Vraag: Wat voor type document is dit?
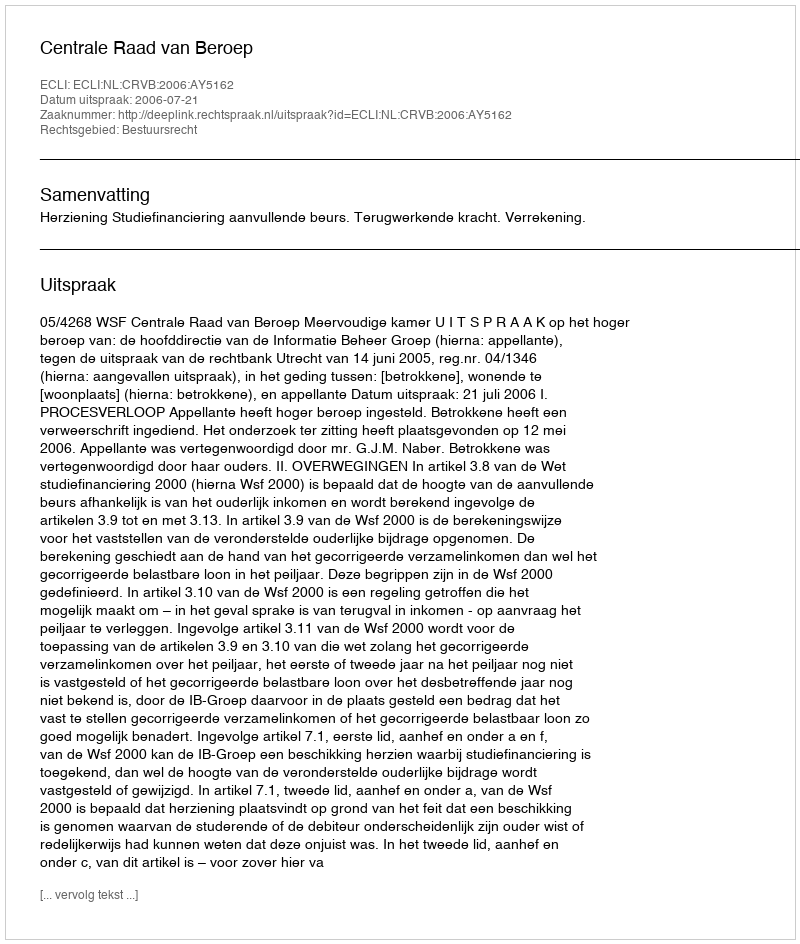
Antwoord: Uitspraak